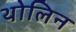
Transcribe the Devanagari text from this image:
थोलिन